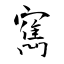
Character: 寯